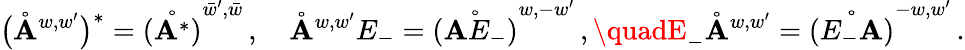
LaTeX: \big(\mathring{\mathbf{A}}^{{w,w^{\prime}}}\big)^{*}=\mathring{(\mathbf{A}^{*})}^{{\bar{{w}}^{\prime},\bar{{w}}}}\, ,\quad\mathring{\mathbf{A}}^{w,w^{\prime}}E_{-}=\mathring{(\mathbf{A}E_{-})}^{{w,-w^{\prime}}}\, ,\quadE_{-}\mathring{\mathbf{A}}^{w,w^{\prime}}=\mathring{(E_{-}\mathbf{A})}^{{-w,w^{\prime}}}\, .